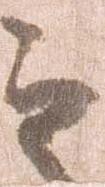
之